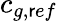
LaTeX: c_{g,\mathsf{r}ef}